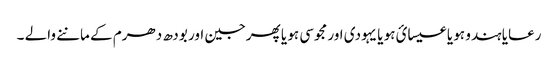
رعایا ہندو ہو یا عیسائ ہو یا یہودی اور مجوسی ہو یا پھرجین اور بودھ دھرم کے ماننے والے ۔